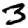
Digit: 3